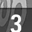
Digit: 3